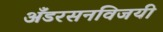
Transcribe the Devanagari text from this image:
अँडरसनविजयी